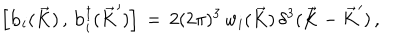
\Big [ { \bf b } _ { i } ( \vec { K } ) \, , \, { \bf b } _ { i } ^ { \dagger } ( { \vec { K } } ^ { \prime } ) \Big ] \, = \, 2 ( 2 \pi ) ^ { 3 } \, w _ { i } ( \vec { K } ) \, \delta ^ { 3 } ( \vec { K } - { \vec { K } } ^ { \prime } ) \, ,